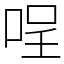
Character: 𠴔